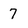
Character: 7